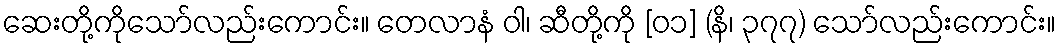
ဆေးတို့ကိုသော်လည်းကောင်း။ တေလာနံ ဝါ၊ ဆီတို့ကို [၀၁] (နိ၊ ၃၇၇) သော်လည်းကောင်း။